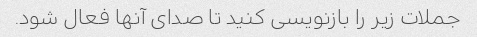
جملات زیر را بازنویسی کنید تا صدای آنها فعال شود.